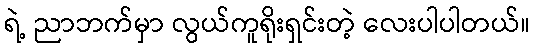
ရဲ့ ညာဘက်မှာ လွယ်ကူရိုးရှင်းတဲ့ လေးပါပါတယ်။